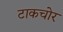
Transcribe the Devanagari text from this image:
टाकचोर